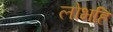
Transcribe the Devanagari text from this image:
लोभहि